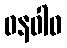
ဓနဝါဝ